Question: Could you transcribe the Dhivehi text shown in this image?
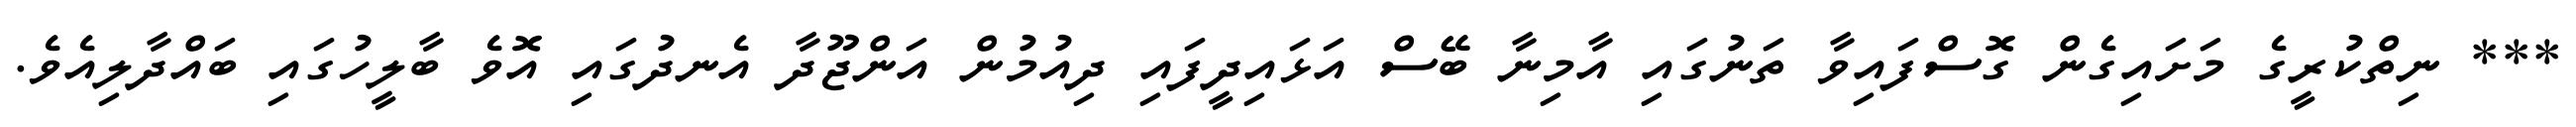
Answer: *** ނިތްކުރީގެ މަށައިގެން ގޮސްފައިވާ ތަނުގައި އާމިނާ ބޭސް އަޅައިދީފައި ދިއުމުން އަންޖޫދާ އެނދުގައި އޮވެ ބާލީހުގައި ބައްދާލިއެވެ.